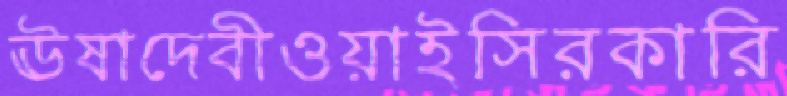
ঊষাদেবীওয়াইসিরকারি